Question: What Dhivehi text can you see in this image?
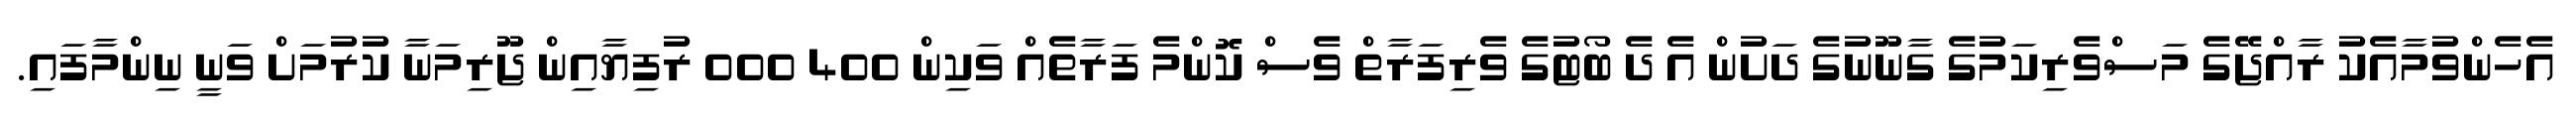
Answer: އެހެންވުމާއެކު ރާއްޖޭގެ މަސްވެރިކަމުގެ ގާނޫނުގެ ދަށުން އެ ދެ ބޯޓުގެ ވެރިފަރާތް ވެސް ކޮންމެ ފަރާތެއް ވަކިން 400 000 ރުފިޔާއިން ޖޫރިމަނާ ކުރުމަށް ވަނީ ނިންމާފައި.